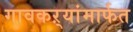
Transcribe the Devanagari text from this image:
गावकऱ्यांमार्फत